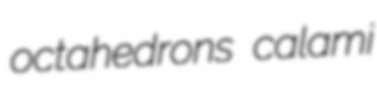
octahedrons calami